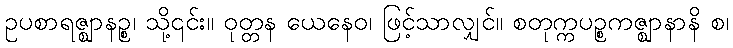
ဥပစာရဇ္ဈာနဉ္စ၊ သို့၎င်း။ ဝုတ္တန ယေနေဝ၊ ဖြင့်သာလျှင်။ စတုက္ကပဉ္စကဇ္ဈာနာနိ စ၊